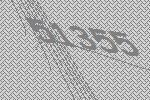
51355